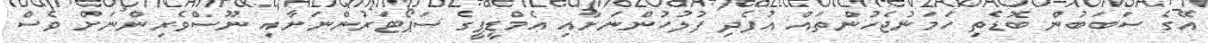
އޭގެ ސަބަބުން ބޮޑެތި ހަމަނުޖެހުންތައް އުފެދި ފުލުހުންނަށާއި އެމްޑީޕީގެ ސަޕޯޓަރުންނަށާއި ނޫސްވެރިންނަށް ވެސް